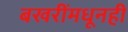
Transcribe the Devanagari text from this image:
बखरींमधूनही